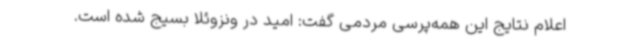
اعلام نتایج این همه‌پرسی مردمی گفت:‌ امید در ونزوئلا بسیج شده است.